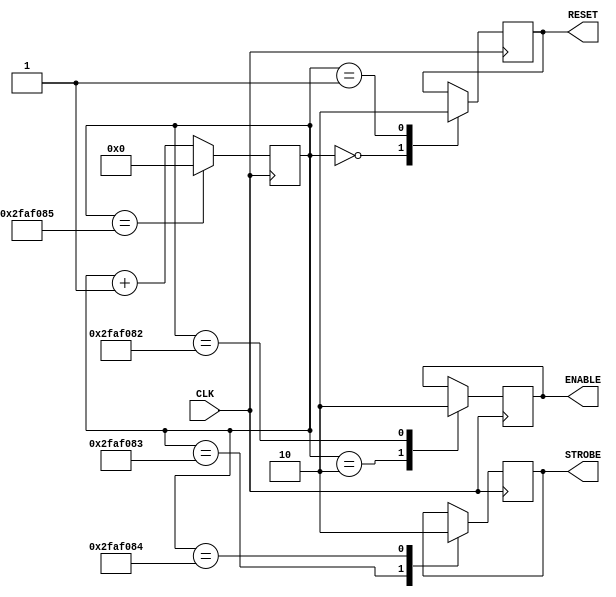
module control_module(CLK, ENABLE, RESET, STROBE);
	input CLK;
	output ENABLE, RESET, STROBE;
	reg ENABLE, RESET, STROBE;
	
	reg [25:0] cnt;
	
	always @(posedge CLK)
	begin
		if(cnt == 26'd50000005) cnt = 26'd0;
		else cnt = cnt + 26'd1;
	end
	
	always @(posedge CLK)
	begin
		case(cnt)
			26'd0: RESET = 1'd1;
			26'd1: RESET = 1'd0;
			26'd2: ENABLE = 1'd1;
			26'd50000002: ENABLE = 1'd0;
			26'd50000003: STROBE = 1'd1;
			26'd50000004: STROBE = 1'd0;
		endcase
	end
endmodule